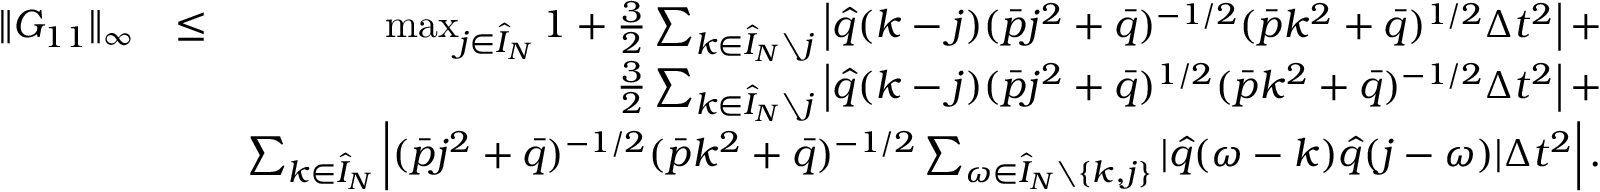
\begin{array} { r l r } { \| G _ { 1 1 } \| _ { \infty } } & { \leq } & { \operatorname* { m a x } _ { j \in \hat { I } _ { N } } 1 + \frac { 3 } { 2 } \sum _ { k \in \hat { I } _ { N } \setminus j } \left| \hat { q } ( k - j ) ( \bar { p } j ^ { 2 } + \bar { q } ) ^ { - 1 / 2 } ( \bar { p } k ^ { 2 } + \bar { q } ) ^ { 1 / 2 } \Delta t ^ { 2 } \right| + } \\ & { } & { \frac { 3 } { 2 } \sum _ { k \in \hat { I } _ { N } \setminus j } \left| \hat { q } ( k - j ) ( \bar { p } j ^ { 2 } + \bar { q } ) ^ { 1 / 2 } ( \bar { p } k ^ { 2 } + \bar { q } ) ^ { - 1 / 2 } \Delta t ^ { 2 } \right| + } \\ & { } & { \sum _ { k \in \hat { I } _ { N } } \left| ( \bar { p } j ^ { 2 } + \bar { q } ) ^ { - 1 / 2 } ( \bar { p } k ^ { 2 } + \bar { q } ) ^ { - 1 / 2 } \sum _ { \omega \in \hat { I } _ { N } \setminus \{ k , j \} } | \hat { q } ( \omega - k ) \hat { q } ( j - \omega ) | \Delta t ^ { 2 } \right| . } \end{array}